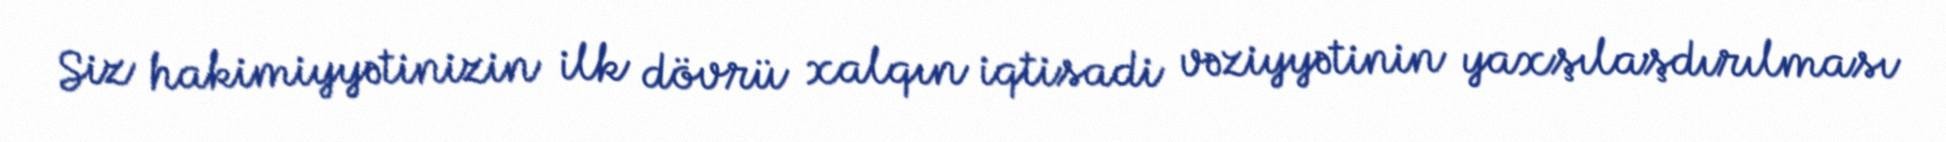
Siz hakimiyyətinizin ilk dövrü xalqın iqtisadi vəziyyətinin yaxşılaşdırılması